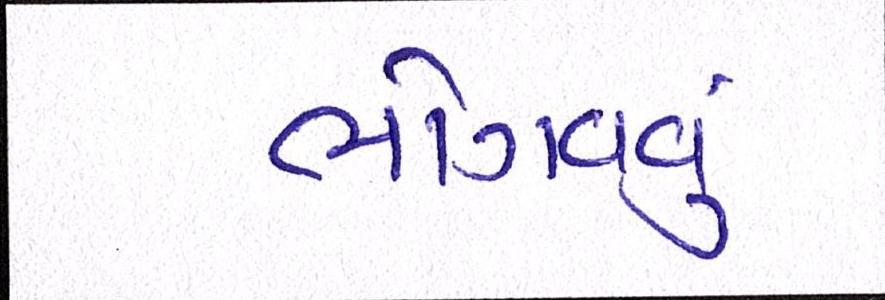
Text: ભોગવવું